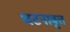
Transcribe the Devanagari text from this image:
घटनावृत्त